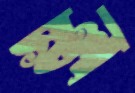
স্বল